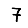
Digit: 7